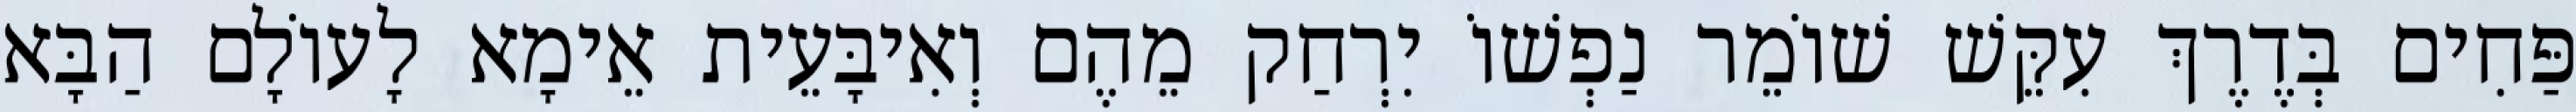
פַּחִים בְּדֶרֶךְ עִקֵּשׁ שׁוֹמֵר נַפְשׁוֹ יִרְחַק מֵהֶם וְאִיבָּעֵית אֵימָא לָעוֹלָם הַבָּא